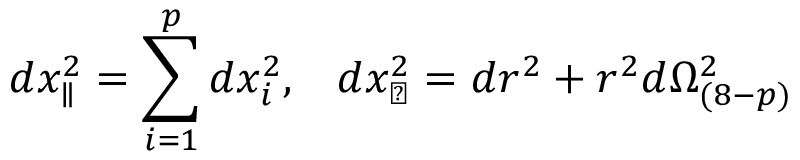
d x _ { \parallel } ^ { 2 } = \sum _ { i = 1 } ^ { p } d x _ { i } ^ { 2 } , \; \; \; d x _ { \perp } ^ { 2 } = d r ^ { 2 } + r ^ { 2 } d \Omega _ { ( 8 - p ) } ^ { 2 }